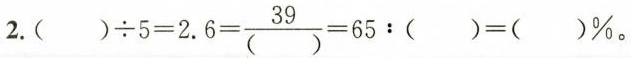
2.$$( ) \div 5 = 2 . 6 = \frac { 3 9 } { ( ) } = 6 5 : ( ) = ( ) %$$ ) 。